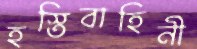
হস্তিবাহিনী